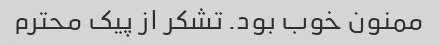
ممنون خوب بود. تشکر از پیک محترم